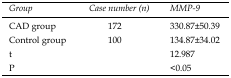
| Group | Case number (n) | MMP-9 |
 | --- | --- | --- |
 | CAD group | 172 | 330.87±50.39 |
 | Control group | 100 | 134.87±34.02 |
 | t |  | 12.987 |
 | P |  | <0.05 |